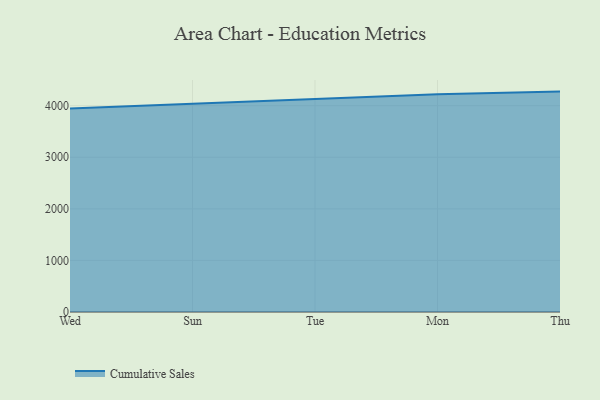
{"axis": {"x": "Day", "y": "Shipments"}, "legend": ["Cumulative Sales"], "data": [{"x": "Wed", "y": 3944.0, "type": "Cumulative Sales"}, {"x": "Sun", "y": 4033.6, "type": "Cumulative Sales"}, {"x": "Tue", "y": 4123.8, "type": "Cumulative Sales"}, {"x": "Mon", "y": 4219.4, "type": "Cumulative Sales"}, {"x": "Thu", "y": 4272.7, "type": "Cumulative Sales"}]}